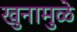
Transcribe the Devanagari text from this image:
खुनामुळे